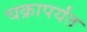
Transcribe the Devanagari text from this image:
चक्रापर्यंत